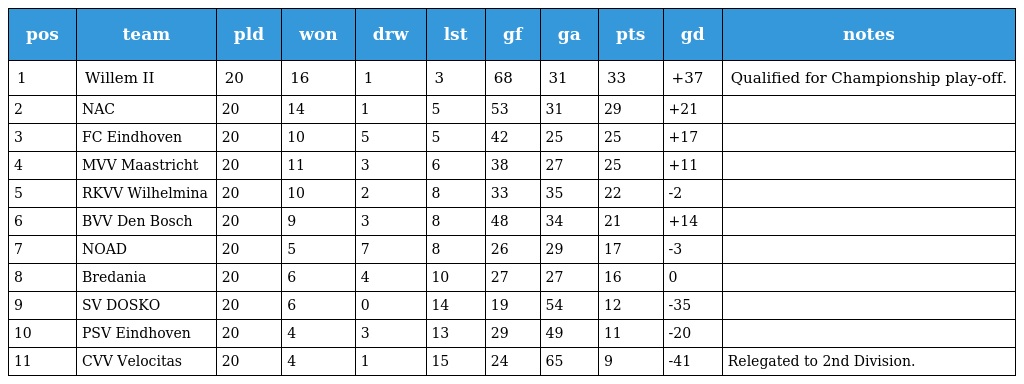
| pos | team | pld | won | drw | lst | gf | ga | pts | gd | notes |
 | --- | --- | --- | --- | --- | --- | --- | --- | --- | --- | --- |
 | 1 | Willem II | 20 | 16 | 1 | 3 | 68 | 31 | 33 | +37 | Qualified for Championship play-off. |
 | 2 | NAC | 20 | 14 | 1 | 5 | 53 | 31 | 29 | +21 |  |
 | 3 | FC Eindhoven | 20 | 10 | 5 | 5 | 42 | 25 | 25 | +17 |  |
 | 4 | MVV Maastricht | 20 | 11 | 3 | 6 | 38 | 27 | 25 | +11 |  |
 | 5 | RKVV Wilhelmina | 20 | 10 | 2 | 8 | 33 | 35 | 22 | -2 |  |
 | 6 | BVV Den Bosch | 20 | 9 | 3 | 8 | 48 | 34 | 21 | +14 |  |
 | 7 | NOAD | 20 | 5 | 7 | 8 | 26 | 29 | 17 | -3 |  |
 | 8 | Bredania | 20 | 6 | 4 | 10 | 27 | 27 | 16 | 0 |  |
 | 9 | SV DOSKO | 20 | 6 | 0 | 14 | 19 | 54 | 12 | -35 |  |
 | 10 | PSV Eindhoven | 20 | 4 | 3 | 13 | 29 | 49 | 11 | -20 |  |
 | 11 | CVV Velocitas | 20 | 4 | 1 | 15 | 24 | 65 | 9 | -41 | Relegated to 2nd Division. |